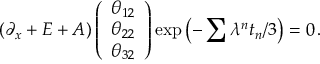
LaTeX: \left( \partial _ { x } + E + A \right) \left( \begin{array} { c } { { \theta _ { 1 2 } } } \\ { { \theta _ { 2 2 } } } \\ { { \theta _ { 3 2 } } } \end{array} \right) \exp \left( - \sum \lambda ^ { n } t _ { n } / 3 \right) = 0 \, .